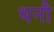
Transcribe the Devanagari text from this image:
धनौ